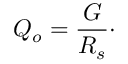
Q _ { o } = { \frac { G } { R _ { s } } } \cdot